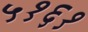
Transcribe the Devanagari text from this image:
५१६१